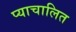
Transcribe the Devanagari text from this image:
प्याचालित